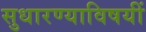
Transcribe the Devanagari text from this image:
सुधारण्याविषयीं